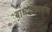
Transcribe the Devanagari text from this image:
बांधणीकारांना